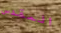
المقدس